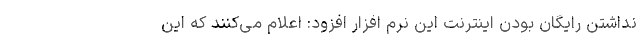
نداشتن رایگان بودن اینترنت این نرم افزار افزود: اعلام می‌کنند که این